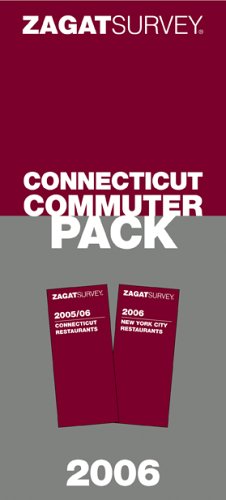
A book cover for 2006 Connecticut Commuter Pack (Zagat Connecticut Commuter Pack); Zagat Survey; Travel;